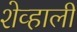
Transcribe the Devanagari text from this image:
शेव्हाली